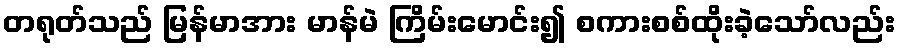
တရုတ်သည် မြန်မာအား မာန်မဲ ကြိမ်းမောင်း၍ စကားစစ်ထိုးခဲ့သော်လည်း